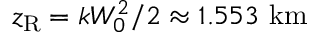
z _ { \mathrm { R } } = k W _ { 0 } ^ { 2 } / 2 \approx 1 . 5 5 3 ~ \mathrm { k m }